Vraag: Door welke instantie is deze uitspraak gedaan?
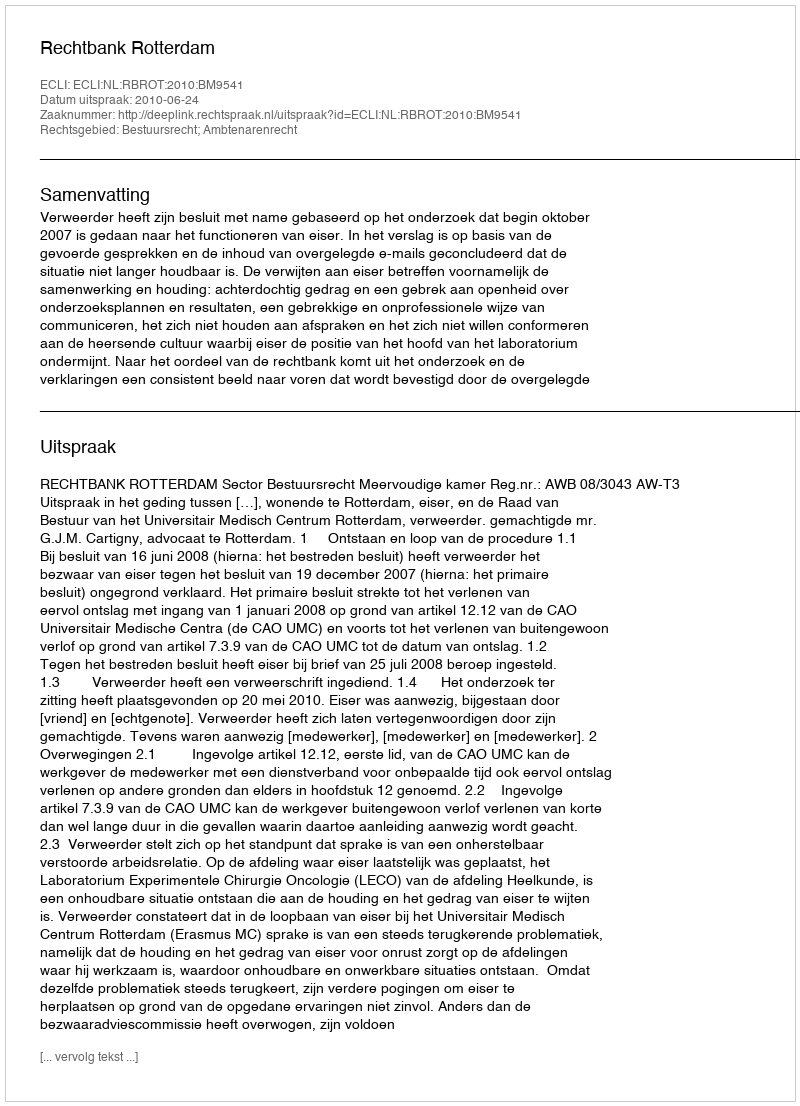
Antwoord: Rechtbank Rotterdam